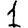
Digit: 1